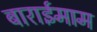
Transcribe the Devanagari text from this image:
बाराईमाम